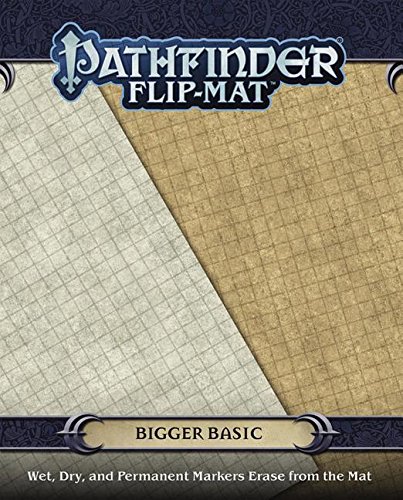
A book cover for Pathfinder Flip-Mat: Bigger Basic; Jason A. Engle; Science Fiction & Fantasy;